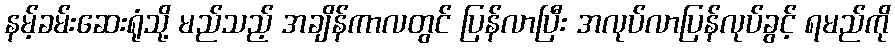
နမ့်ခမ်းဆေးရုံသို့ မည်သည့် အချိန်ကာလတွင် ပြန်လာပြီး အလုပ်လာပြန်လုပ်ခွင့် ရမည်ကို